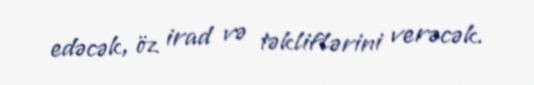
edəcək, öz irad və təkliflərini verəcək.